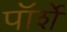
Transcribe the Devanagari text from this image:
पॉर्शे